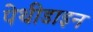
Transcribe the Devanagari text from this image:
पेथीडाइन